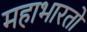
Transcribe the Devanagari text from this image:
महाभारतो